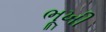
ભૂખી